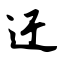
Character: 迂